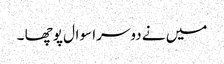
میں نے دوسرا سوال پوچھا ۔